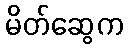
မိတ်ဆွေက